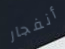
أنفجار